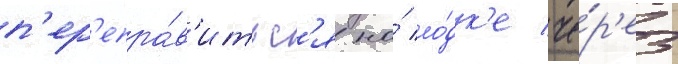
п'ер'епра́в'итьс'я на́ ло́дк'е че́р'ез